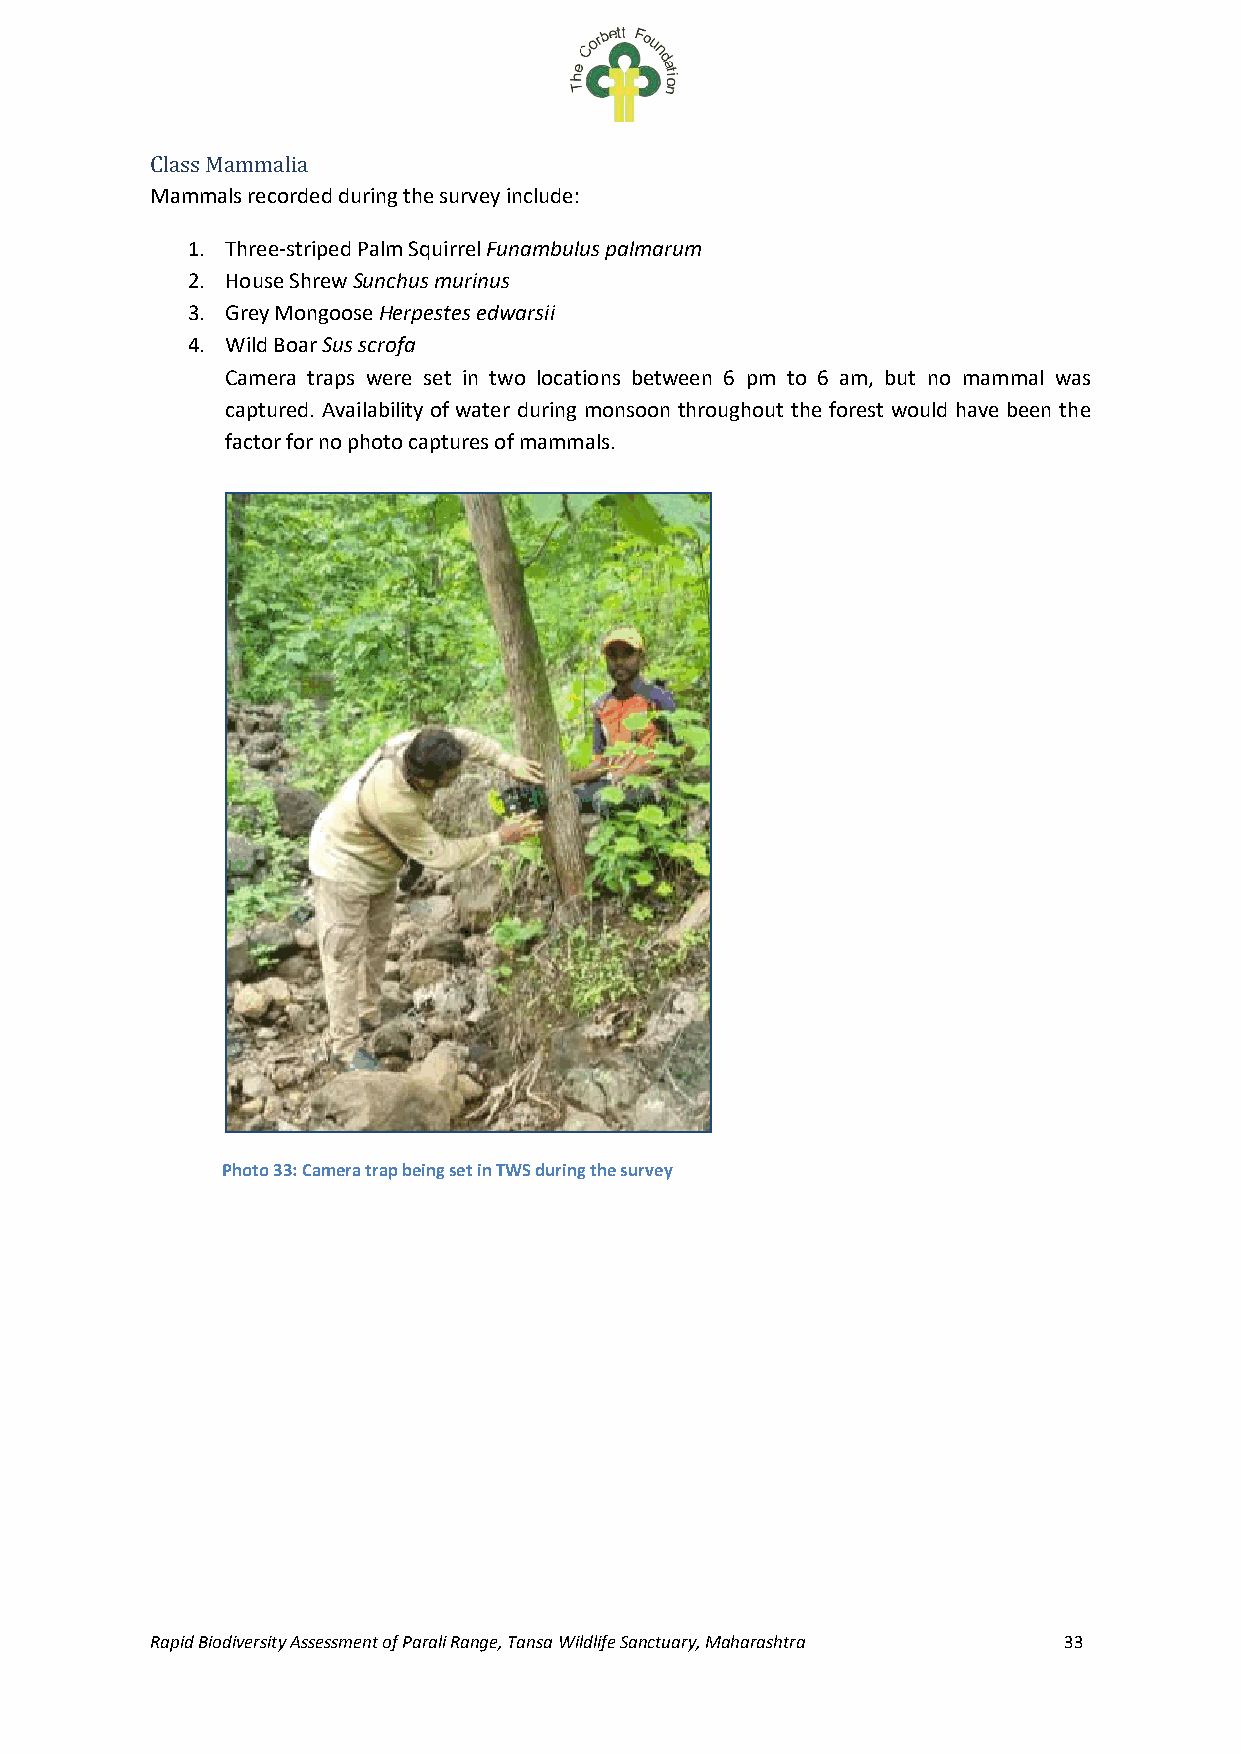
Class Mammalia
 Mammals recorded during the survey include:
 1. Three-striped Palm Squirrel Funambulus palmarum
 2. House Shrew Sunchus murinus
 3. Grey Mongoose Herpestes edwarsii
 4. Wild Boar Sus scrofa
 Camera traps were set in two locations between 6 pm to 6 am, but no mammal was
 captured. Availability of water during monsoon throughout the forest would have been the
 factor for no photo captures of mammals.
 Photo 33: Camera trap being set in TWS during the survey
 Rapid Biodiversity Assessment of Parali Range, Tansa Wildlife Sanctuary, Maharashtra 33